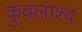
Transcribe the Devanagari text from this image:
कुवलाश्व